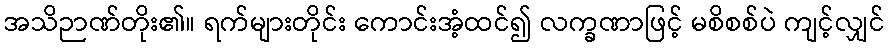
အသိဉာဏ်တိုး၏။ ရက်များတိုင်း ကောင်းအံ့ထင်၍ လက္ခဏာဖြင့် မစိစစ်ပဲ ကျင့်လျှင်